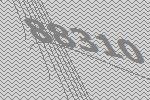
88310